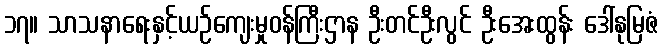
၁၇။ သာသနာရေးနှင့်ယဉ်ကျေးမှုဝန်ကြီးဌာန ဦးတင်ဦးလွင် ဦးအေးထွန်း ဒေါ်နုမြဇံ